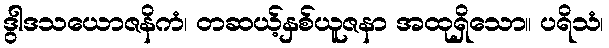
ဒွါဒသယောဇနိကံ၊ တဆယ့်နှစ်ယူဇနာ အထုရှိသော။ ပရိသံ၊